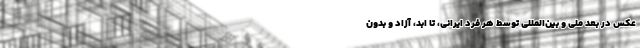
عکس در بُعد ملی و بین‌المللی توسط هر فرد ایرانی، تا ابد، آزاد و بدون